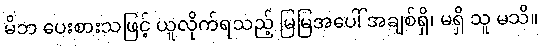
မိဘ ပေးစားသဖြင့် ယူလိုက်ရသည့် မြမြအပေါ် အချစ်ရှိ၊ မရှိ သူ မသိ။